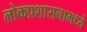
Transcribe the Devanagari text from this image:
लोकप्रशासनामध्ये